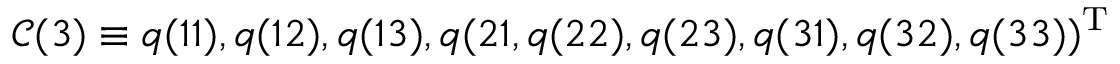
\mathcal { C } ( 3 ) \equiv q ( 1 1 ) , q ( 1 2 ) , q ( 1 3 ) , q ( 2 1 , q ( 2 2 ) , q ( 2 3 ) , q ( 3 1 ) , q ( 3 2 ) , q ( 3 3 ) ) ^ { \mathrm { T } }